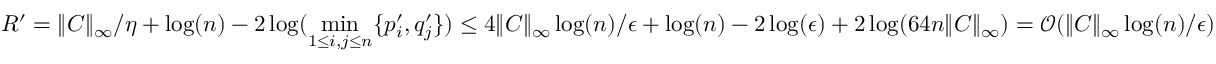
R ^ { \prime } = \Vert C \Vert _ { \infty } / \eta + \log ( n ) - 2 \log ( \operatorname* { m i n } _ { 1 \leq i , j \leq n } \{ p _ { i } ^ { \prime } , q _ { j } ^ { \prime } \} ) \leq 4 \Vert C \Vert _ { \infty } \log ( n ) / \epsilon + \log ( n ) - 2 \log ( \epsilon ) + 2 \log ( 6 4 n \| C \| _ { \infty } ) = \mathcal { O } ( \Vert C \Vert _ { \infty } \log ( n ) / \epsilon )